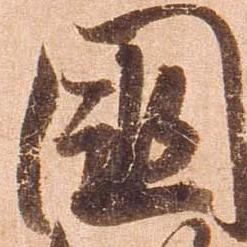
国